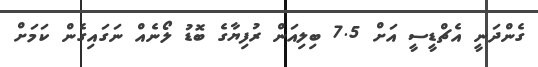
ގެންދަނީ އެޗްޑީސީ އަށް 7.5 ބިލިއަން ރުފިޔާގެ ބޮޑު ލޯނެއް ނަގައިގެން ކަމަށް